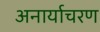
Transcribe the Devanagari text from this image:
अनार्याचरण